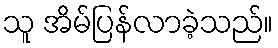
သူ အိမ်ပြန်လာခဲ့သည်။